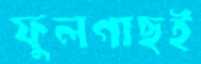
ফুলগাছই